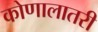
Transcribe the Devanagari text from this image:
कोणालातरी